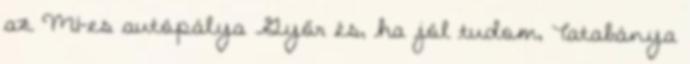
az M1-es autópálya Győr és, ha jól tudom, Tatabánya